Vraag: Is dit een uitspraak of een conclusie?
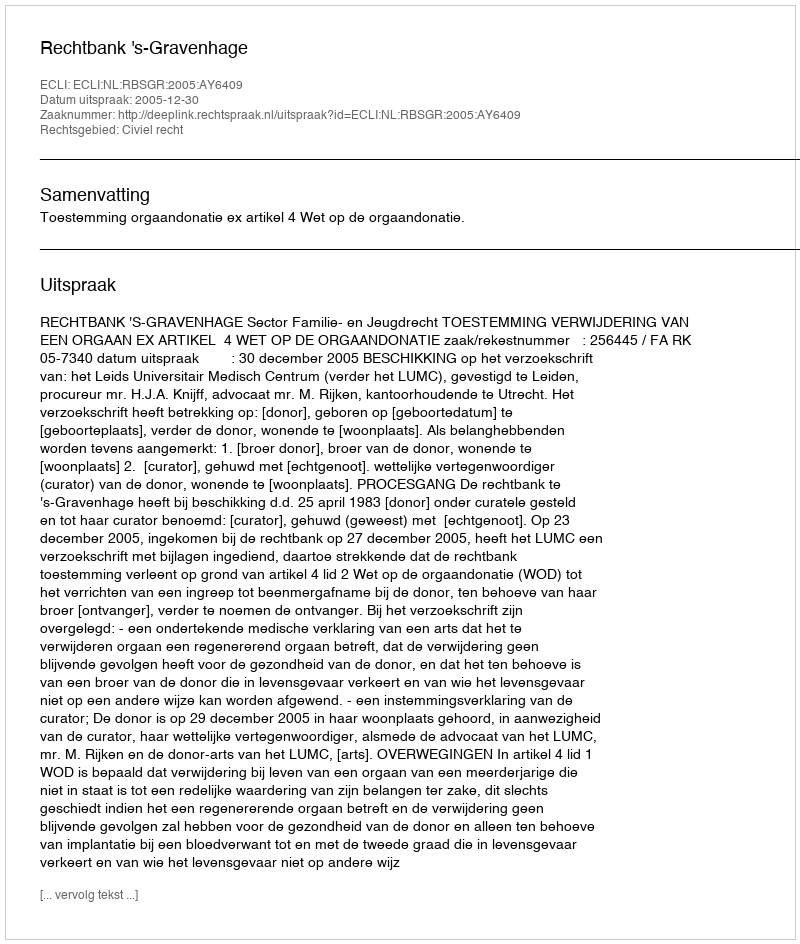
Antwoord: Uitspraak